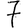
Digit: 7